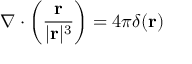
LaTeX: \nabla \cdot \left( { \frac { \mathbf { r } } { | \mathbf { r } | ^ { 3 } } } \right) = 4 \pi \delta ( \mathbf { r } )